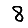
Digit: 8